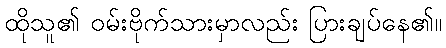
ထိုသူ၏ ဝမ်းဗိုက်သားမှာလည်း ပြားချပ်နေ၏။